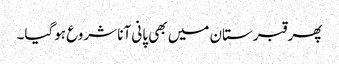
پھر قبرستان میں بھی پانی آنا شروع ہوگیا۔